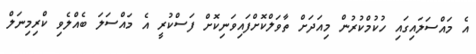
އެ މައްސަލައިގައި ހުކުމްކުރުން މިއަދަށް ތާވަލްކޮށްފައިވަނިކޮށް ފަސްކުރީ އެ މައްސަލަ ބެއްލެވި ކްރިމިނަލް